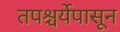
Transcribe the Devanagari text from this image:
तपश्चर्येपासून